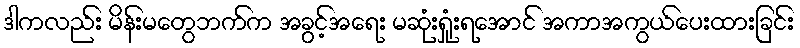
ဒါကလည်း မိန်းမတွေဘက်က အခွင့်အရေး မဆုံးရှုံးရအောင် အကာအကွယ်ပေးထားခြင်း